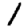
Digit: 1